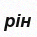
рін